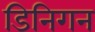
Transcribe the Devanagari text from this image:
डिनिगन